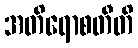
အတိရောစတီတိ